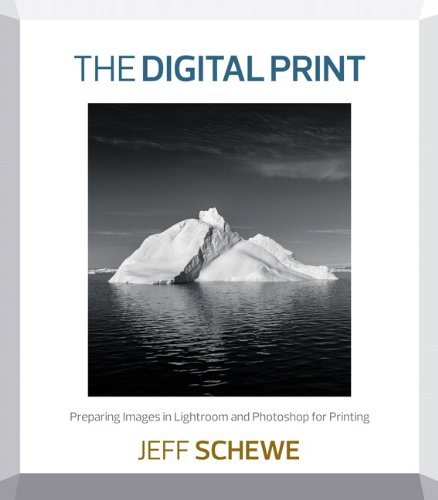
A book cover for The Digital Print: Preparing Images in Lightroom and Photoshop for Printing; Jeff Schewe; Computers & Technology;